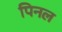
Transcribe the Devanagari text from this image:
पिनल